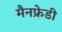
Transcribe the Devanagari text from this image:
मैनफ्रेडी